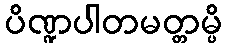
ပိဏ္ဍပါတမတ္တမ္ပိ